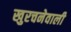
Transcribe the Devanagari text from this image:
खुरचनेवाली